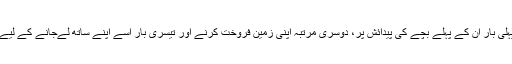
پہلی بار ان کے پہلے بچے کی پیدائش پر، دوسری مرتبہ اپنی زمین فروخت کرنے اور تیسری بار اسے اپنے ساتھ لےجانے کے لیے۔